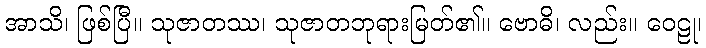
အာသိ၊ ဖြစ်ပြီ။ သုဇာတဿ၊ သုဇာတဘုရားမြတ်၏။ ဗောဓိ၊ လည်း။ ဝေဠု၊